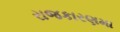
રાજકારણમા